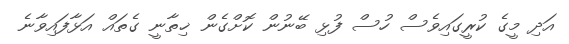
އަދި މީގެ ކުރީގައިވެސް ހުސް ފުޅި ބޭނުން ކޮށްގެން ޚިތާނީ ގެތައް އަޅާފައިވާނެ